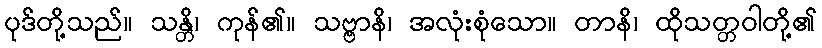
ပုဒ်တို့သည်။ သန္တိ၊ ကုန်၏။ သဗ္ဗာနိ၊ အလုံးစုံသော။ တာနိ၊ ထိုသတ္တဝါတို့၏